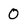
Character: O